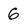
Character: 6